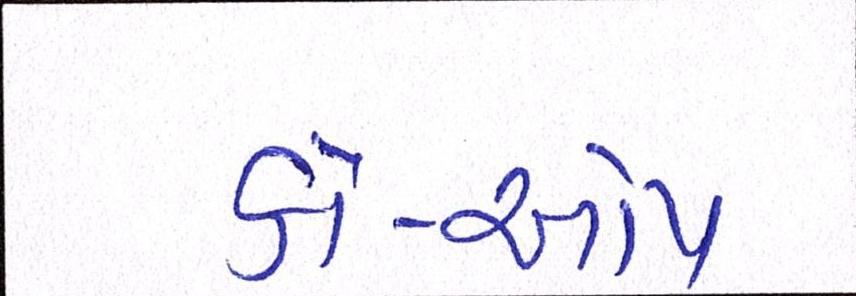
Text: કો-ઓપ